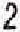
2